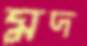
মদ